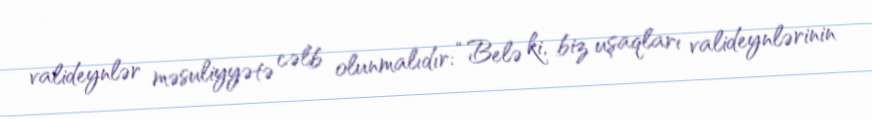
valideynlər məsuliyyətə cəlb olunmalıdır: “Belə ki, biz uşaqları valideynlərinin